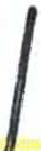
אות: ן